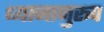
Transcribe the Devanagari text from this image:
ध्यानानुरूप